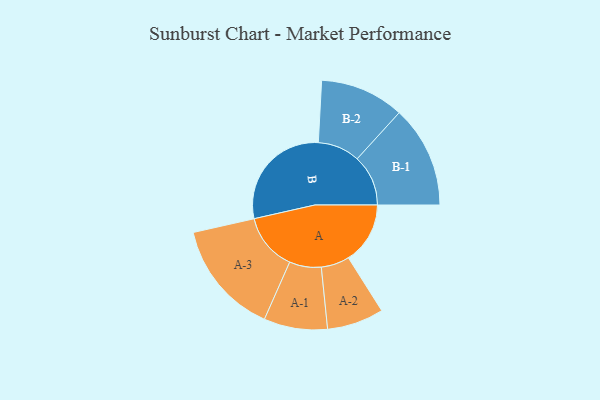
{"axis": {"x": "Segment", "y": "Value"}, "legend": ["", "A", "B"], "data": [{"x": "A", "y": 270, "type": ""}, {"x": "B", "y": 495, "type": ""}, {"x": "A-1", "y": 139, "type": "A"}, {"x": "A-2", "y": 124, "type": "A"}, {"x": "A-3", "y": 250, "type": "A"}, {"x": "B-1", "y": 223, "type": "B"}, {"x": "B-2", "y": 184, "type": "B"}]}